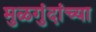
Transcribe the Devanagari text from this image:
मुळगुंदांच्या